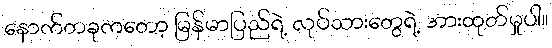
နောက်တခုကတော့ မြန်မာပြည်ရဲ့ လုပ်သားတွေရဲ့ အားထုတ်မှုပါ။